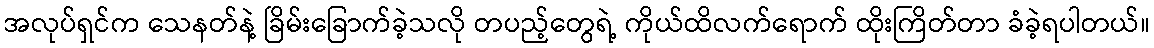
အလုပ်ရှင်က သေနတ်နဲ့ ခြိမ်းခြောက်ခဲ့သလို တပည့်တွေရဲ့ ကိုယ်ထိလက်ရောက် ထိုးကြိတ်တာ ခံခဲ့ရပါတယ်။